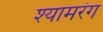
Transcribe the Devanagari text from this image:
श्यामरंग